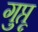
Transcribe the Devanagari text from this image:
गुप्तू